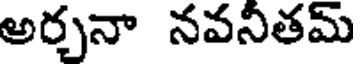
అర్చనా నవనీతమ్